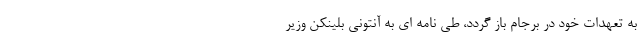
به تعهدات خود در برجام باز گردد، طی نامه ای به آنتونی بلینکن وزیر